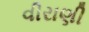
વીરાણી